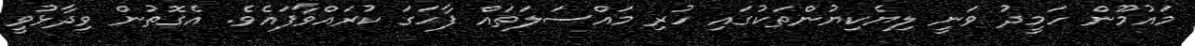
މައުމޫން ހަމީދު ވަނީ ލިޔެކިޔުންތަކުގައި ހުރި މައްސަލަތައް ފާހަގަ ކުރައްވާފައެވެ. އެގޮތުން ވިދާޅުވީ